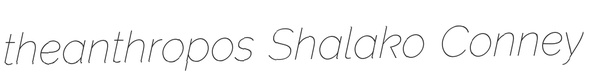
theanthropos Shalako Conney